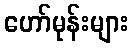
ဟော်မုန်းများ